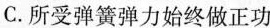
C.所受弹簧弹力始终做正功